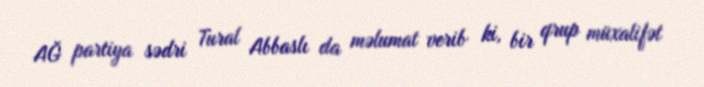
AĞ partiya sədri Tural Abbaslı da məlumat verib ki, bir qrup müxalifət